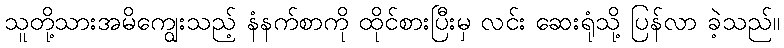
သူတို့သားအမိကျွေးသည့် နံနက်စာကို ထိုင်စားပြီးမှ လင်း ဆေးရုံသို့ ပြန်လာ ခဲ့သည်။